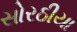
સોરઠીયા